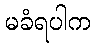
မခံရပါက